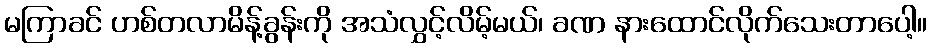
မကြာခင် ဟစ်တလာမိန့်ခွန်းကို အသံလွှင့်လိမ့်မယ်၊ ခဏ နားထောင်လိုက်သေးတာပေါ့။